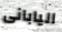
اليابانى